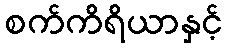
စက်ကိရိယာနှင့်